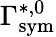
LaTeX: \Gamma_{\mathrm{{sym}}}^{*,0}